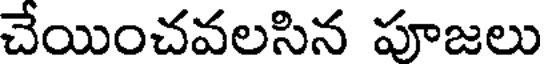
చేయించవలసిన పూజలు